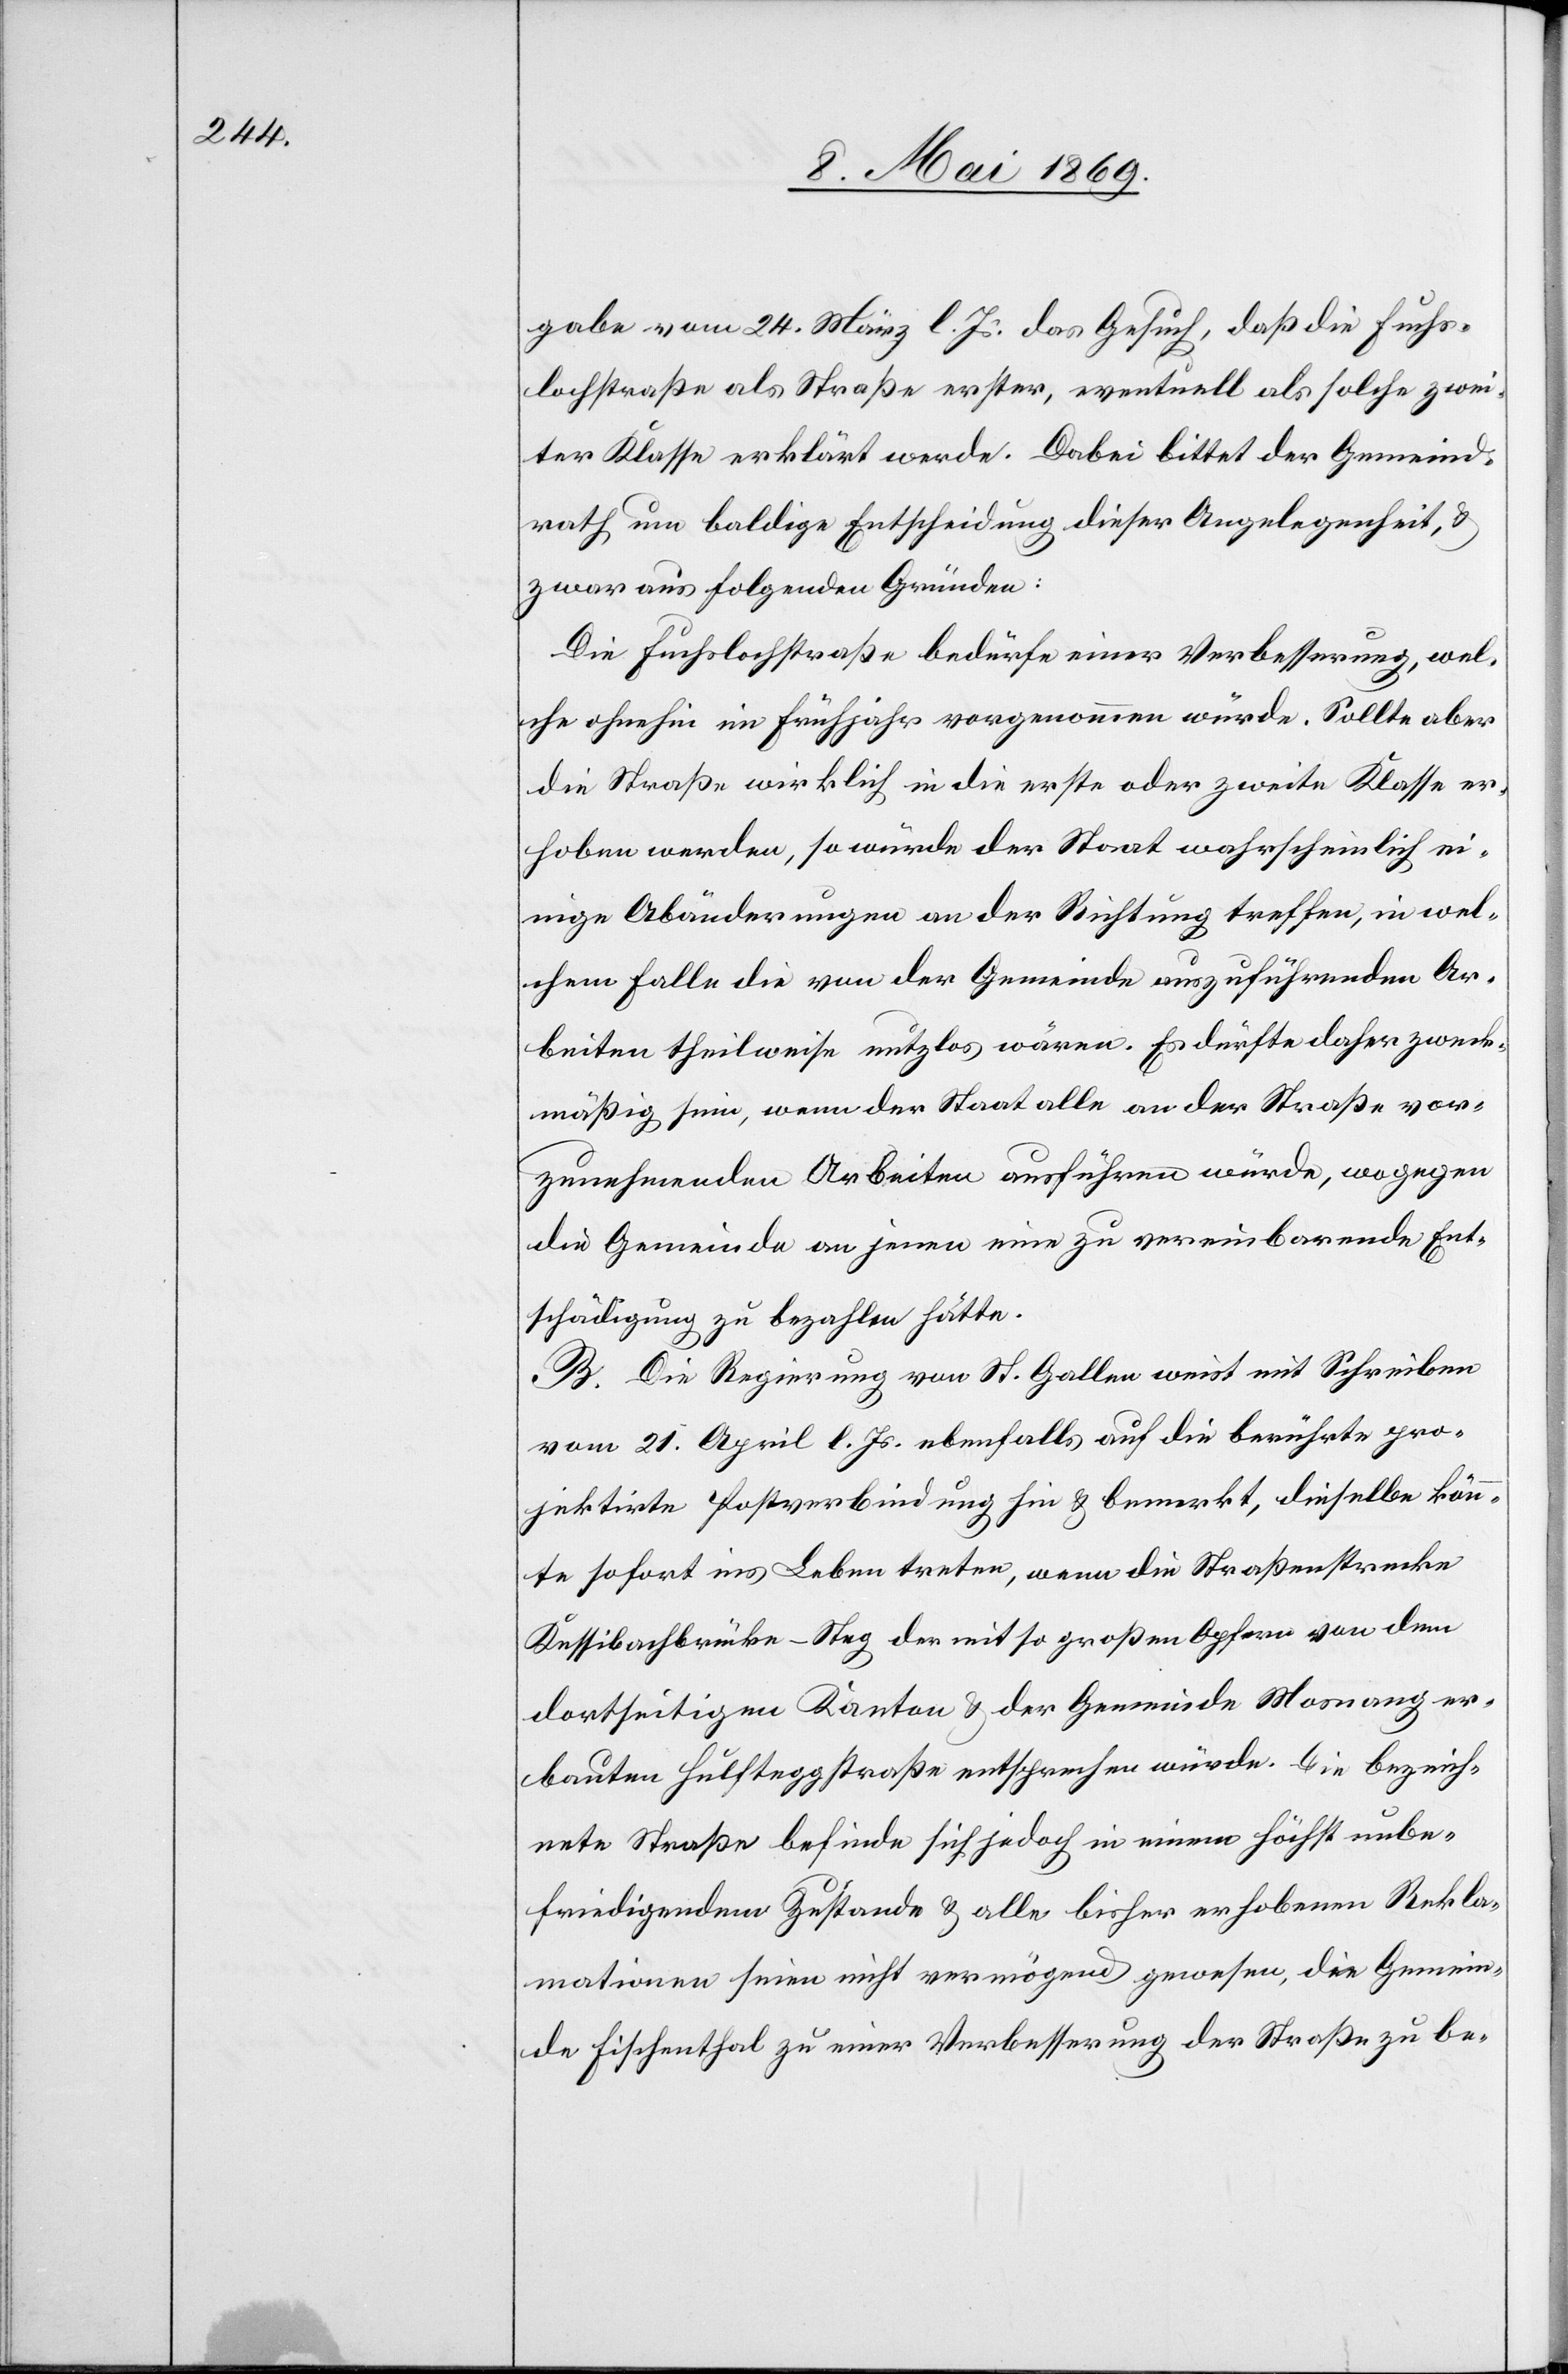
gabe vom 24. März d. Js. das Gesuch, daß die Fuchs¬
lochstraße als Straße erster, eventuell als solche zwei¬
ter Klasse erklärt werde. Dabei bittet der Gemeind¬
rath um baldige Entscheidung dieser Angelegenheit, u.
zwar aus folgenden Gründen:
Die Fuchslochstraße bedürfe einer Verbesserung, wel¬
che ohnehin im Frühjahr vorgenommen würde. Sollte aber
die Straße wirklich in die erste oder zweite Klasse er¬
hoben werden, so würde der Staat wahrscheinlich ei¬
nige Abänderungen an der Richtung treffen, in wel¬
chem Falle die von der Gemeinde auszuführenden Ar¬
beiten theilweise nutzlos wären. Es dürfte daher zweck¬
mäßig sein, wenn der Staat alle an der Straße vor¬
zunehmenden Arbeiten ausführen würde, wogegen
die Gemeinde an jenen eine zu vereinbarende Ent¬
schädigung zu bezahlen hätte.
B. Die Regierung von St. Gallen weist mit Schreiben
vom 21. April l. Js. ebenfalls auf die berührte pro¬
jektirte Postverbindung hin u. bemerkt, dieselbe könn¬
te sofort ins Leben treten, wenn die Straßenstrecke
Kessibachbrücke–Steg der mit so großen Opfern von dem
dortseitigen Kanton u. der Gemeinde Mosnang er¬
bauten Hulfteggstraße entsprechen würde. Die bezeich¬
nete Straße befinde sich jedoch in einem höchst unbe¬
friedigenden Zustande u. alle bisher erhobenen Rekla¬
mationen seien nicht vermögend gewesen, die Gemein¬
de Fischenthal zu einer Verbesserung der Straße zu be-